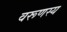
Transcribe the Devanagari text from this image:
वरूणस्य